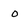
Character: o